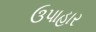
ઉપાહાર